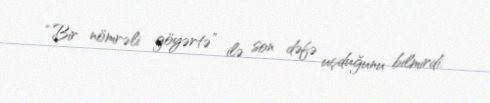
“Bir nömrəli göyərtə” ilə son dəfə uçduğunu bilmirdi.